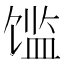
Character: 𲋪